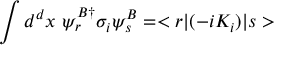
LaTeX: \int d ^ { d } x ~ \psi _ { r } ^ { B \dagger } \sigma _ { i } \psi _ { s } ^ { B } = < r | ( - i K _ { i } ) | s >